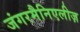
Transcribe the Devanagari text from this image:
जंगरमैनिएलीज़